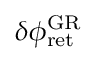
\delta \phi _ { \mathrm { r e t } } ^ { \mathrm { G R } }